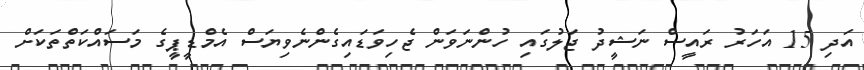
އަދި 15 އަހަރު ރައީސް ނަޝީދު ޖަލުގައި ހުންނަވަން ޖެހިވަޑައިގެންނެވިޔަސް އެމްޑީޕީގެ މަސައްކަތްތަކަށް